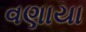
વણાયા